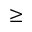
\geq